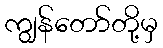
ကျွန်တော်တို့မှ